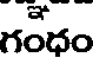
గంధం